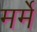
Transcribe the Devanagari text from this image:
मर्मे